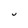
Character: U